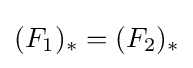
(F_{1})_{*}=(F_{2})_{*}